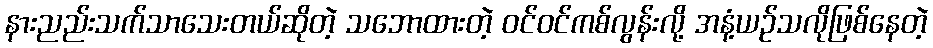
နားညည်းသက်သာသေးတယ်ဆိုတဲ့ သဘောထားတဲ့ ဝင်ဝင်ကစ်လွန်းလို့ အနံ့ယဉ်သလိုဖြစ်နေတဲ့